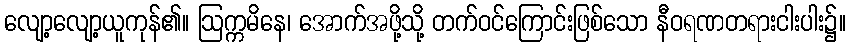
လျော့လျော့ယူကုန်၏။ ဩက္ကမိနေ၊ အောက်အဖို့သို့ တက်ဝင်ကြောင်းဖြစ်သော နီဝရဏတရားငါးပါး၌။